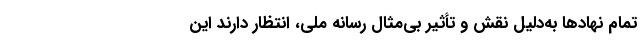
تمام نهادها به‌دلیل نقش و تأثیر بی‌مثال رسانه ملی، انتظار دارند این